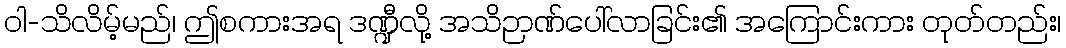
ဝါ-သိလိမ့်မည်၊ ဤစကားအရ ဒဏ္ဍီလို့ အသိဉာဏ်ပေါ်လာခြင်း၏ အကြောင်းကား တုတ်တည်း၊